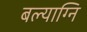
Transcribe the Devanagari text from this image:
बल्याग्नि